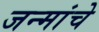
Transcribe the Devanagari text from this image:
जन्मांचे